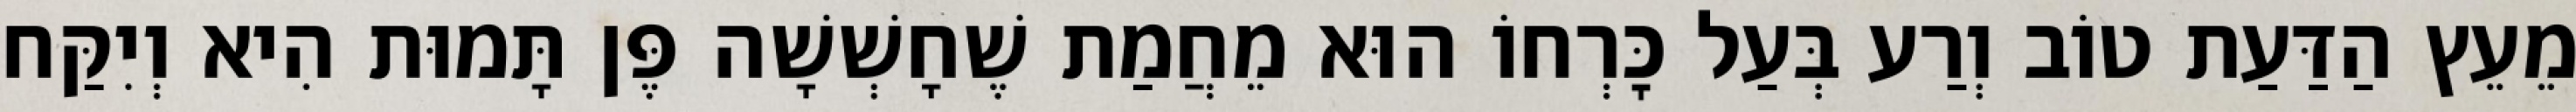
מֵעֵץ הַדַּעַת טוֹב וְרַע בְּעַל כׇּרְחוֹ הוּא מֵחֲמַת שֶׁחָשְׁשָׁה פֶּן תָּמוּת הִיא וְיִקַּח